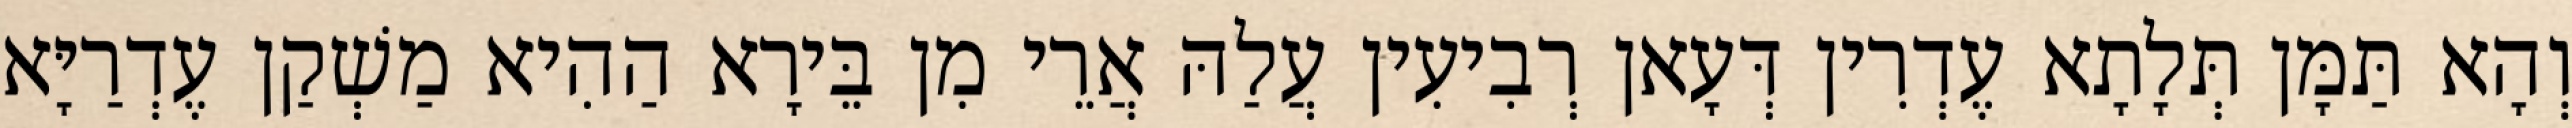
וְהָא תַּמָּן תְּלָתָא עֶדְרִין דְּעָאן רְבִיעִין עֲלַהּ אֲרֵי מִן בֵּירָא הַהִיא מַשְׁקַן עֶדְרַיָּא